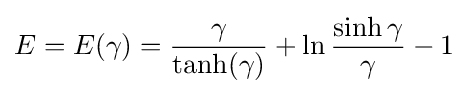
E=E(\gamma )={\frac {\gamma }{\tanh(\gamma )}}+\ln {\frac {\sinh \gamma }{\gamma }}-1